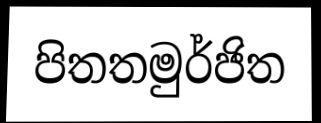
පිතතමුර්ජිත